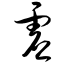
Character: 虚